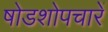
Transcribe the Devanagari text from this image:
षोडशोपचारें